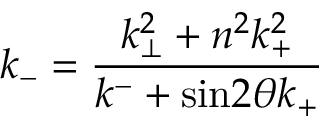
k _ { - } = \frac { k _ { \bot } ^ { 2 } + n ^ { 2 } k _ { + } ^ { 2 } } { k ^ { - } + \mathrm { s i n } 2 { \theta } k _ { + } }